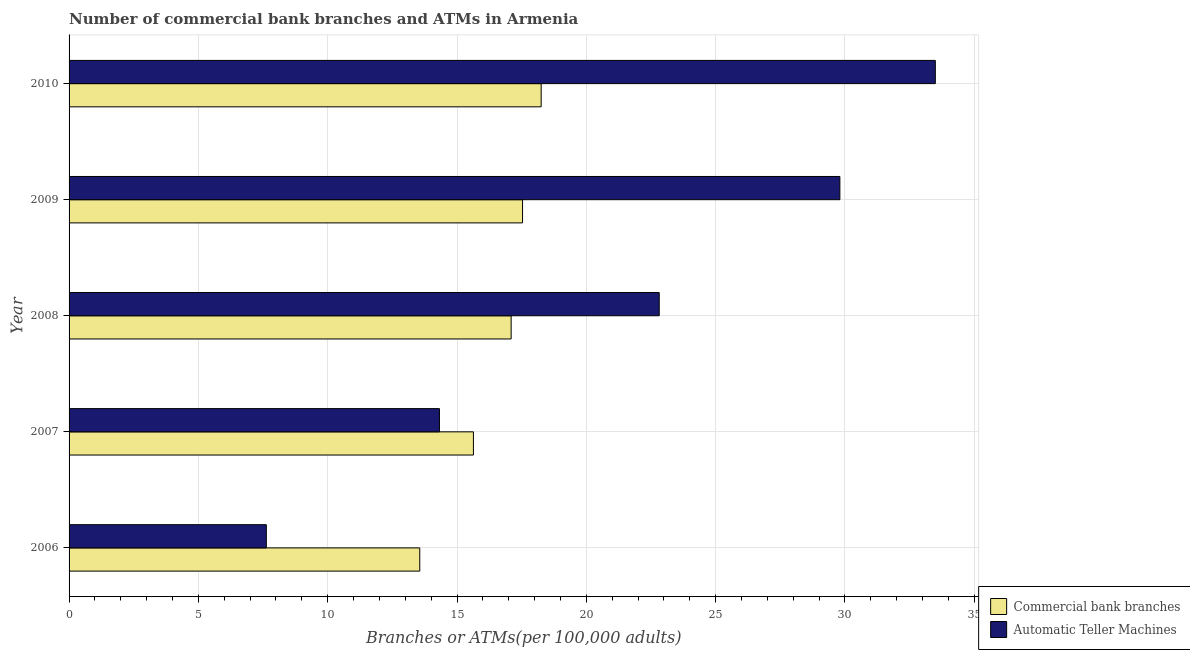
| Year | Commercial bank branches | Automatic Teller Machines |
 | --- | --- | --- |
 | 2006 | 13.6 | 7.63 |
 | 2007 | 15.6 | 14.3 |
 | 2008 | 17.1 | 22.8 |
 | 2009 | 17.5 | 29.8 |
 | 2010 | 18.3 | 33.5 |